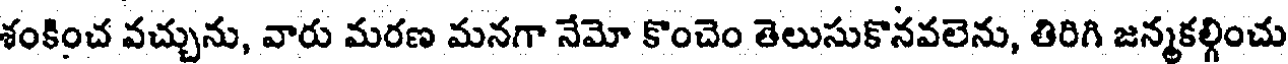
శంకించ వచ్చును, వారు మరణ మనగా నేమో కొంచెం తెలుసుకొనవలెను, తిరిగి జన్మకల్గించు